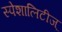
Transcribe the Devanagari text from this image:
स्पेशालिटीज्